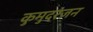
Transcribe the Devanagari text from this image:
कुमुदरंजन